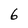
Character: 6